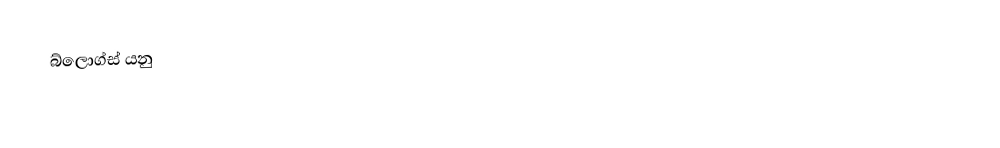
බ්ලොග්ස් යනු